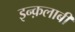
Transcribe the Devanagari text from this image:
इन्क़लाबी